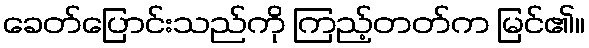
ခေတ်ပြောင်းသည်ကို ကြည့်တတ်က မြင်၏။